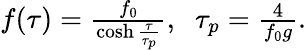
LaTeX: \begin{array}{r}{f(\tau)=\frac{f_{0}}{\cosh\frac{\tau}{\tau_{p}}},\; \; \tau_{p}=\frac{4}{f_{0}g}.}\end{array}